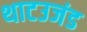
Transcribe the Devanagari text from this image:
थाटउजंड